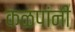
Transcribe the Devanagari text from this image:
कळपांनी